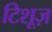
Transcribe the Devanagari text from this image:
टिशूज़